Scottish Leaving Certificate Examination, 1953
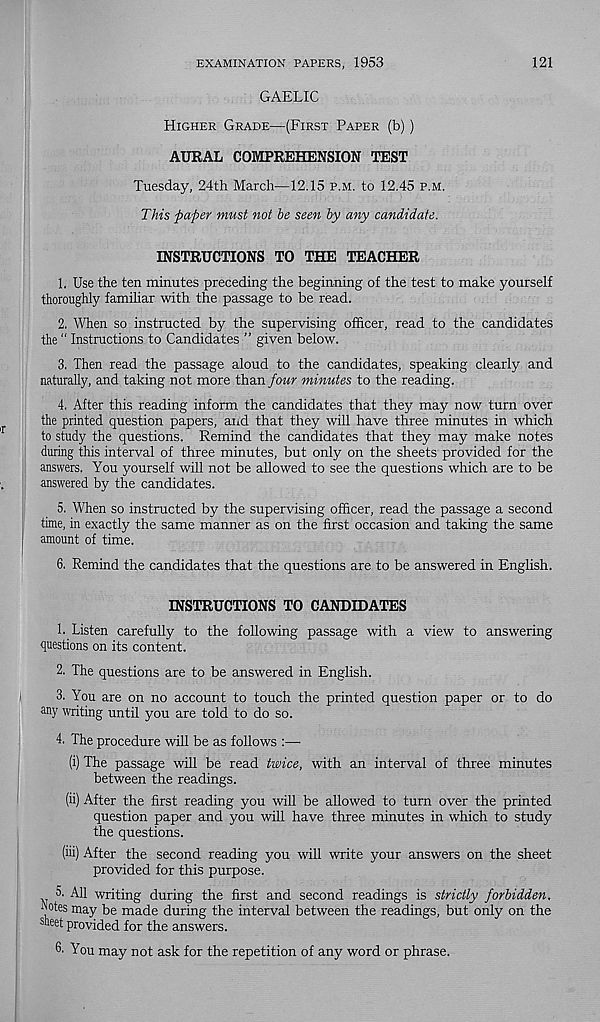
EXAMINATION PAPERS, 1953
121
GAELIC
Higher Grade—(First Paper (b))
AURAL COMPREHENSION TEST
Tuesday, 24th March—12.15 p.m. to 12.45 p.m.
This paper must not be seen by any candidate.
INSTRUCTIONS TO THE TEACHER
1. Use the ten minutes preceding the beginning of the test to make yourself
thoroughly famihar with the passage to be read.
2. When so instructed by the supervising officer, read to the candidates
the “ Instractions to Candidates ” given below.
3. Then read the passage aloud to the candidates, speaking clearly and
naturally, and taking not more than four minutes to the reading.
4. After this reading inform the candidates that they may now turn over
the printed question papers, and that they will have three minutes in which
to study the questions. Remind the candidates that they may make notes
during this interval of three minutes, but only on the sheets provided for the
answers. You yourself will not be allowed to see the questions which are to be
answered by the candidates.
5. When so instructed by the supervising officer, read the passage a second
time, in exactly the same manner as on the first occasion and taking the same
amount of time.
6. Remind the candidates that the questions are to be answered in English.
INSTRUCTIONS TO CANDIDATES
h Listen carefully to the following passage with a view to answering
questions on its content.
2. The questions are to be answered in English.
3. You are on no account to touch the printed question paper or to do
any writing until you are told to do so.
4. The procedure will be as follows :—•
(i) The passage will be read twice, with an interval of three minutes
between the readings.
(ii) After the first reading you will be allowed to turn over the printed
question paper and you will have three minutes in which to study
the questions.
(iii) After the second reading you will write your answers on the sheet
provided for this purpose.
5. All writing during the first and second readings is strictly forbidden.
q°tes may be made during the interval between the readings, but only on the
sheet provided for the answers.
6- You may not ask for the repetition of any word or phrase.